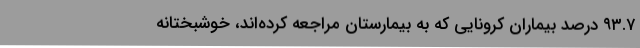
۹۳.۷ درصد بیماران کرونایی که به بیمارستان مراجعه کرده‌اند، خوشبختانه